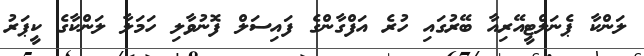
ލަންކާ ޕެނަލްޓީއޭރިއާ ބޭރުގައި ހުރެ އަފްގާންގެ ފައިސަލް ފޮނުވާލި ހަމަލާ ލަންކާގެ ކީޕަރު